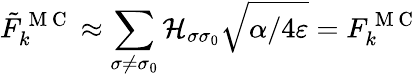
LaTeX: \tilde{F}_{k}^{\mathrm{~M~C~}}\approx\sum_{\sigma\neq\sigma_{0}}\mathcal{H}_{\sigma\sigma_{0}}\sqrt{\alpha/4\varepsilon}=F_{k}^{\mathrm{~M~C~}}